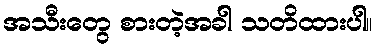
အသီးတွေ စားတဲ့အခါ သတိထားပါ။